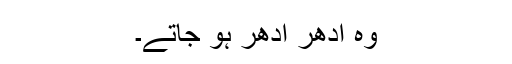
وہ ادھر ادھر ہو جاتے۔